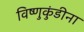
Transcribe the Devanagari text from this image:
विष्णुकुंडीना